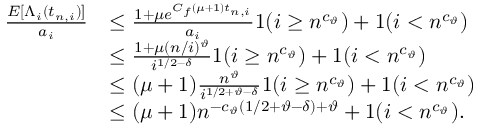
\begin{array} { r l } { \frac { E [ \Lambda _ { i } ( t _ { n , i } ) ] } { a _ { i } } } & { \leq \frac { 1 + \mu e ^ { C _ { f } ( \mu + 1 ) t _ { n , i } } } { a _ { i } } 1 ( i \geq n ^ { c _ { \vartheta } } ) + 1 ( i < n ^ { c _ { \vartheta } } ) } \\ & { \leq \frac { 1 + \mu ( n / i ) ^ { \vartheta } } { i ^ { 1 / 2 - \delta } } 1 ( i \geq n ^ { c _ { \vartheta } } ) + 1 ( i < n ^ { c _ { \vartheta } } ) } \\ & { \leq ( \mu + 1 ) \frac { n ^ { \vartheta } } { i ^ { 1 / 2 + \vartheta - \delta } } 1 ( i \geq n ^ { c _ { \vartheta } } ) + 1 ( i < n ^ { c _ { \vartheta } } ) } \\ & { \leq ( \mu + 1 ) n ^ { - c _ { \vartheta } ( 1 / 2 + \vartheta - \delta ) + \vartheta } + 1 ( i < n ^ { c _ { \vartheta } } ) . } \end{array}